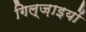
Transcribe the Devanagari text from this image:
गिल्ज़ाइयों